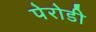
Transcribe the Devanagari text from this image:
पेरोडी